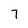
Character: 7